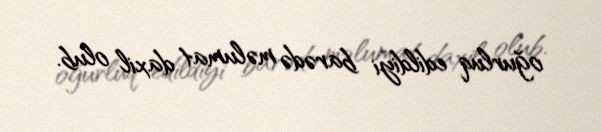
oğurluq edildiyi barədə məlumat daxil olub.